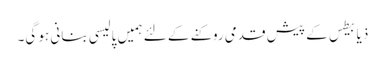
ذیابیطس کے پیش قدمی روکنے کے لئے ہمیں پالیسی بنانی ہو گی۔